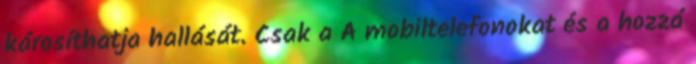
károsíthatja hallását. Csak a A mobiltelefonokat és a hozzá